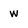
Character: w